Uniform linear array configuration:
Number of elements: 16
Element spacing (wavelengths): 0.75
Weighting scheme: kaiser
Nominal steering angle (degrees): -15
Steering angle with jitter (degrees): -15.892
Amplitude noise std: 0.05
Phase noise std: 0.05

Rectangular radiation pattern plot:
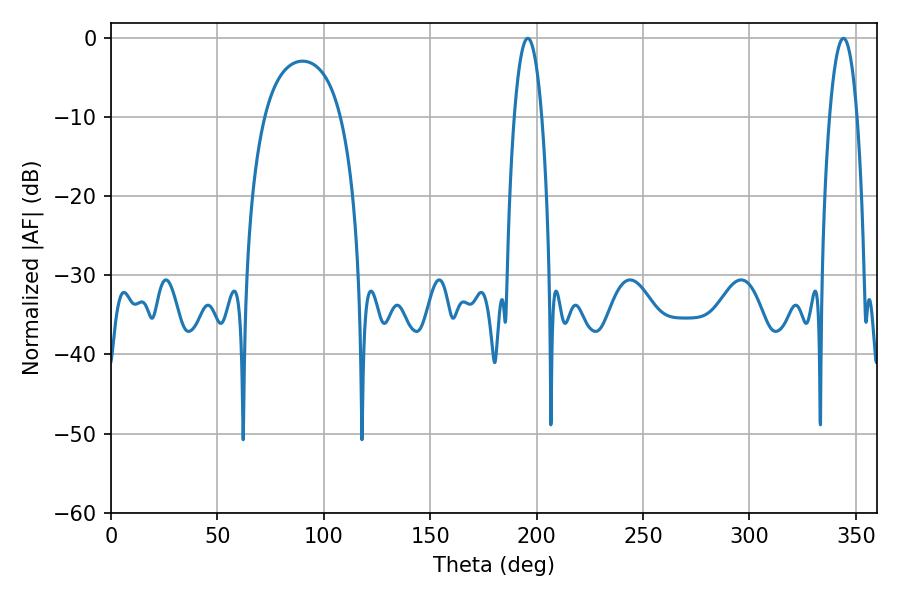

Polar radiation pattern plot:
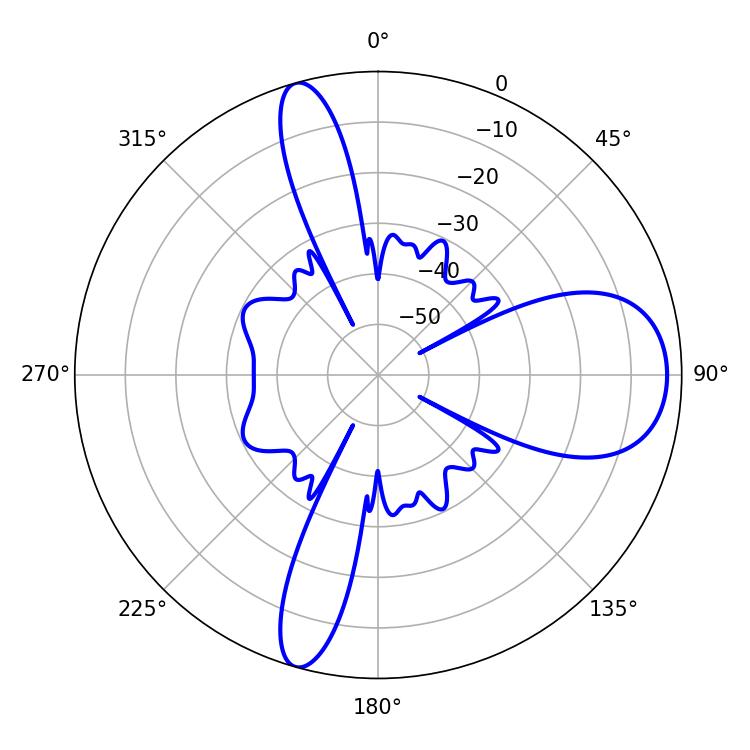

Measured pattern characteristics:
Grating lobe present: TRUE
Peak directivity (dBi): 11.195
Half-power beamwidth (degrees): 7.2
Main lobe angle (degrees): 195.84